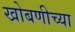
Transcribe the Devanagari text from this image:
खोबणीच्या